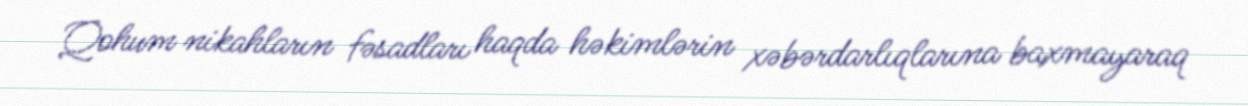
Qohum nikahların fəsadları haqda həkimlərin xəbərdarlıqlarına baxmayaraq